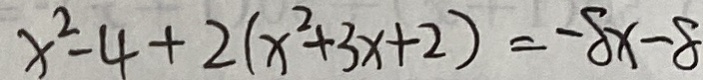
x ^ { 2 } - 4 + 2 ( x ^ { 2 } + 3 x + 2 ) = - 8 x - 8